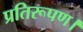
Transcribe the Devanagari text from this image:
प्रतिरूपण।